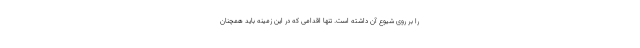
را بر روی شیوع آن داشته است. تنها اقدامی که در این زمینه باید همچنان